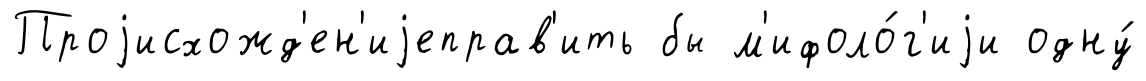
Проjисхожд'ен'иjеправ'ить бы м'ифоло́г'иjи одну́